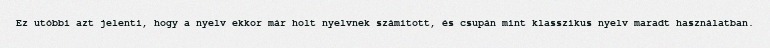
Ez utóbbi azt jelenti, hogy a nyelv ekkor már holt nyelvnek számított, és csupán mint klasszikus nyelv maradt használatban.